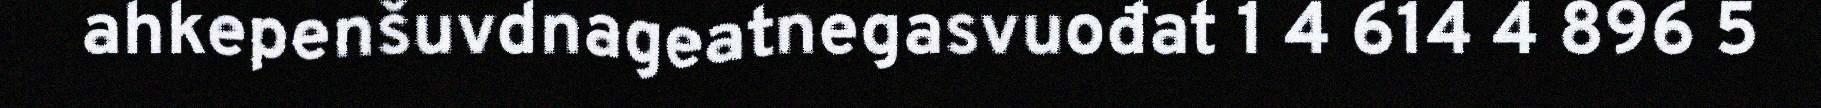
ahkepenšuvdnageatnegasvuođat 1 4 614 4 896 5